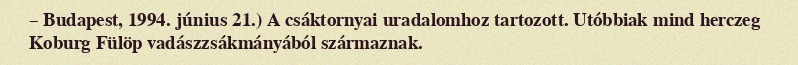
– Budapest, 1994. június 21.) A csáktornyai uradalomhoz tartozott. Utóbbiak mind herczeg Koburg Fülöp vadászzsákmányából származnak.